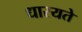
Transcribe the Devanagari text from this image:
धारयते